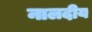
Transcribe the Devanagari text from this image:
नालदीय